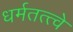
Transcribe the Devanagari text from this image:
धर्मतत्त्वे